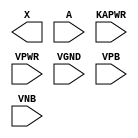
module sky130_fd_sc_hd__lpflow_clkbufkapwr (
    X    ,
    A    ,
    KAPWR,
    VPWR ,
    VGND ,
    VPB  ,
    VNB
);

    output X    ;
    input  A    ;
    input  KAPWR;
    input  VPWR ;
    input  VGND ;
    input  VPB  ;
    input  VNB  ;
endmodule